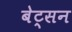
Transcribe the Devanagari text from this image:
बेट्सन